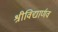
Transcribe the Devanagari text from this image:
श्रीविद्यार्णव